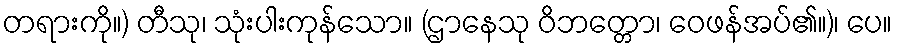
တရားကို။) တီသု၊ သုံးပါးကုန်သော။ (ဌာနေသု ဝိဘတ္တော၊ ဝေဖန်အပ်၏။)၊ ပေ။